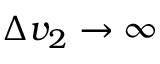
\Delta v _ { 2 } \to \infty